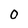
Character: 0